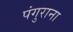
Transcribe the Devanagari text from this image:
पंगुराना